Materia medica of Madras volume I
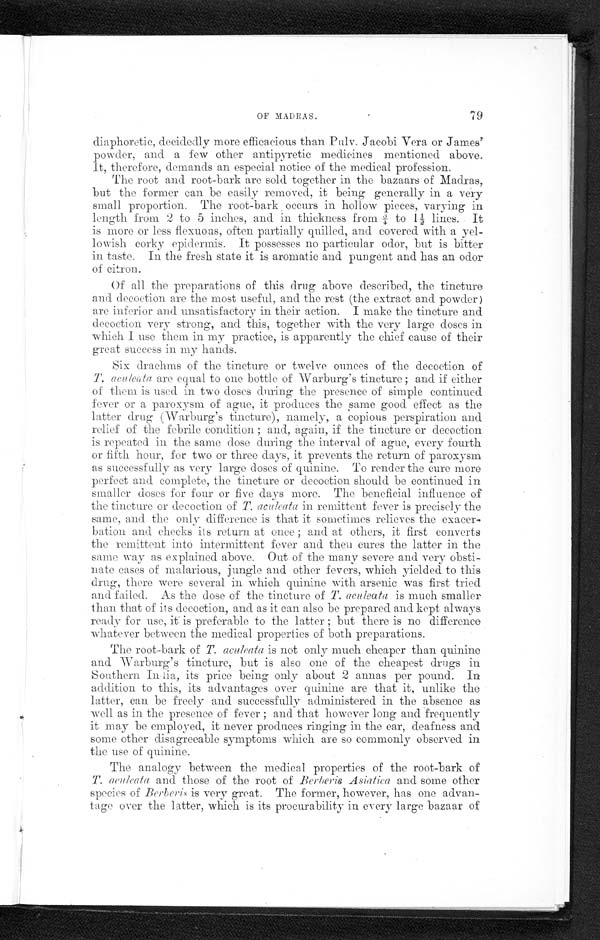
OF MADRAS.
79
diaphoretic, decidedly more efficacious than Palv. Jacobi Vera or James'
powder, and a few other antipyretic medicines mentioned above.
It, therefore, demands an especial notice of the medical profession.
The root and root-bark are sold together in the bazaars of Madras,
but the former can be easily removed, it being generally in a very
small proportion. The root-bark occurs in hollow pieces, varying in
length from 2 to 5 inches, and in thickness from ¾ to 1½ lines. It
is more or less flexuous, often partially quilled, and covered_ with a yel-
-lowish corky epidermis. It possesses no particular odor, but is bitter
in taste. In the fresh state it is aromatic and pungent and has an odor
of citron.
Of all the preparations of this drug above described, the tincture
and decoction are the most useful, and the rest (the extract and powder)
are inferior and unsatisfactory in their action. I make the tincture and
decoction very strong, and this, together with the very large doses in
which I use them in my practice, is apparently the chief cause of their
great success in my hands.
Six drachms of the tincture or twelve ounces of the decoction of
T. aculeata are equal to one bottle of Warburg's tincture; and if either
of them is used in two doses during the presence of simple continued
fever or a paroxysm of ague, it produces the same good effect as the
latter drug (Warburg's tincture), namely, a copious perspiration and
relief of the febrile condition; and, again, if the tincture or decoction
is repeated in the same dose during the interval of ague, every fourth
or fifth hour, for two or three days, it prevents the return of paroxysm
as successfully as very large doses of quinine. To render the cure more
perfect and complete, the tincture or decoction should be continued in
smaller doses for four or five days more. The beneficial influence of
the tincture or decoction of T.aculeata in remittent fever is precisely the
same, and the only difference is that it sometimes relieves the exacer-
bation and checks its return at once; and at others, it first converts
the remittent into intermittent fever and then cures the latter in the
same way as explained above. Out of the many severe and very obsti-
nate cases of malarious, jungle and other fevers, which yielded to this
drug, there were several in which quinine with arsenic was first tried
and failed. As the dose of the tincture of T.aculeata is much smaller
than that of its decoction, and as it can also be prepared and kept always
ready for use, it is preferable to the latter; but there is no difference
whatever between the medical properties of both preparations.
The root-bark of T.aculeata is not only much cheaper than quinine
and Warburg's tincture, but is also one of the cheapest drugs in
Southern India, its price being only about 2 annas per pound. In
addition to this, its advantages over quinine are that it, unlike the
latter, can be freely and successfully administered in the absence as
well as in the presence of fever; and that however long and frequently
it may be employed, it never produces ringing in the ear, deafness and
some other disagreeable symptoms which are so commonly observed in
the use of quinine.
The analogy between the medical properties of the root-bark of
T.aculeata and those of the root of Berberis Asiatica and some other
species of Berberis is very great. The former, however, has one advan-
tage over the latter, which is its procurability in every large bazaar of